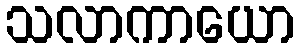
သလာကာယော